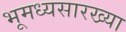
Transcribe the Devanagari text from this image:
भूमध्यसारख्या